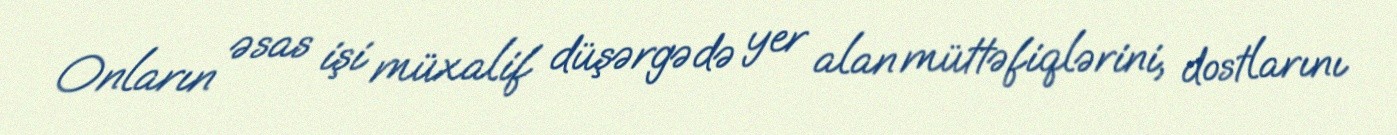
Onların əsas işi müxalif düşərgədə yer alan müttəfiqlərini, dostlarını